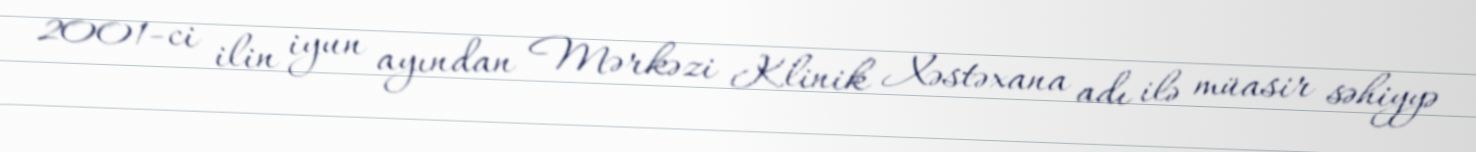
2001-ci ilin iyun ayından Mərkəzi Klinik Xəstəxana adı ilə müasir səhiyyə